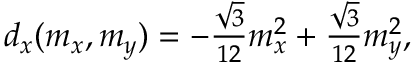
\begin{array} { r } { d _ { x } ( m _ { x } , m _ { y } ) = - \frac { \sqrt { 3 } } { 1 2 } m _ { x } ^ { 2 } + \frac { \sqrt { 3 } } { 1 2 } m _ { y } ^ { 2 } , } \end{array}